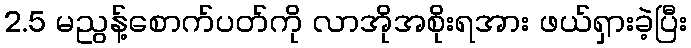
2.5 မညွန့်စောက်ပတ်ကို လာအိုအစိုးရအား ဖယ်ရှားခဲ့ပြီး